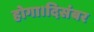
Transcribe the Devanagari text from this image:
होगा।दिसंबर